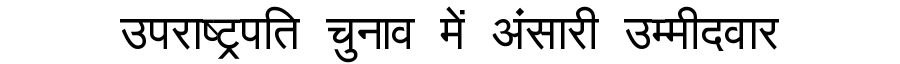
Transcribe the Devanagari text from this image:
उपराष्ट्रपति चुनाव में अंसारी उम्मीदवार